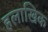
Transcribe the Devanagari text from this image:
हलाखिक